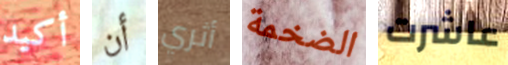
أكيد أن أثري الضخمة عاشرت